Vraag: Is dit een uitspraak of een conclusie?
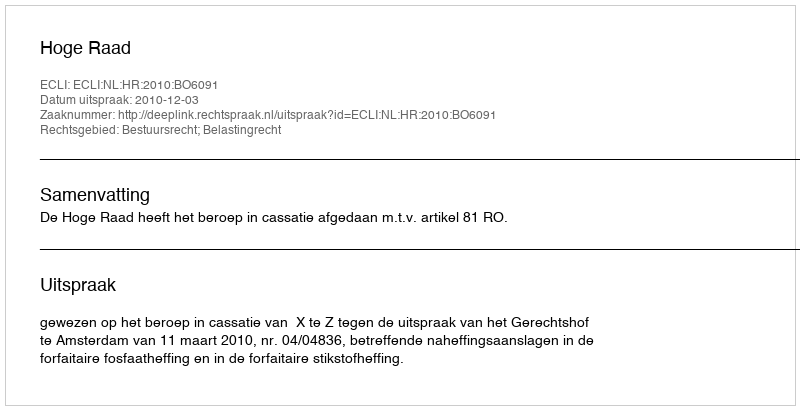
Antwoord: Uitspraak